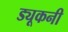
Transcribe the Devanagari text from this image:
ड्यूकनी